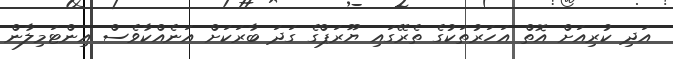
އަދި ކުރިއަށް އޮތް އަހަރުތަކުގެ ތެރޭގައި ޔޫރަޕްގެ ގަދަ ބާރަކަށް އަނެއްކާވެސް އިންޓަމިލާން